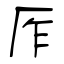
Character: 厏